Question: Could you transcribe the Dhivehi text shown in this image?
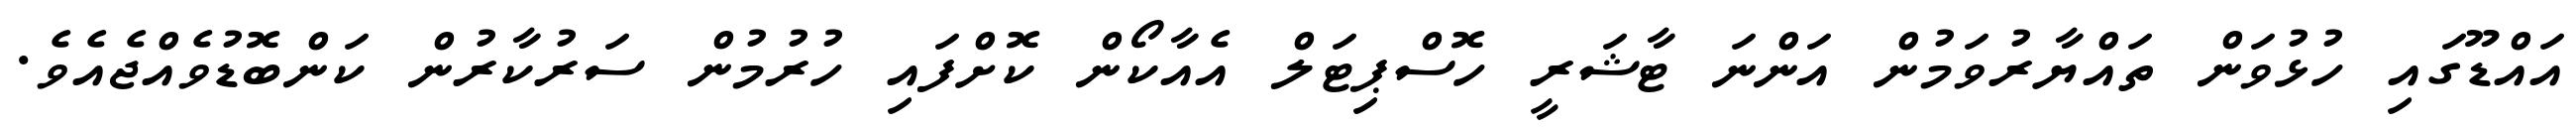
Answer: އައްޑޫގައި ހުޅުވަން ތައްޔާރުވަމުން އަންނަ ޓާޝަރީ ހޮސްޕިޓަލް އެއާކޯން ކޮށްފައި ހުރުމުން ސަރުކާރުން ކަންބޮޑުވެއްޖެއެވެ.